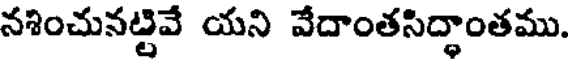
నశించునట్టివే యని వేదాంతసిద్ధాంతము.